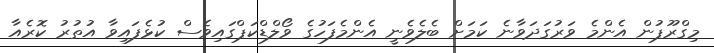
މިގްރޫޕުން އެންމެ ވަރުގަދަވާނެ ކަމަށް ބެލެވެނީ އެންމެފަހުގެ ވޯލްޑްކަޕްގައިވެސް ކުޅެފައިވާ އުތުރު ކޮރެއާ